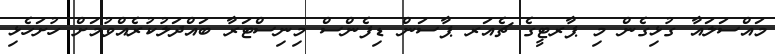
މައްސަލައާ ގުޅިގެން މި ޕާރޓީގެ ޗެއަރ ޕާސަން ޑިފެންސް މިނިސްޓަރާ ބައްދަލުކުރެއްވުމަށް ހުށަހެޅި